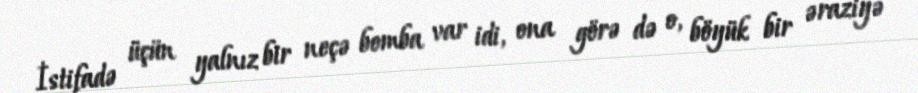
İstifadə üçün yalnız bir neçə bomba var idi, ona görə də o, böyük bir əraziyə